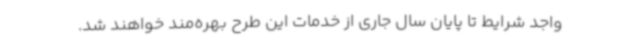
واجد شرایط تا پایان سال جاری از خدمات این طرح بهره‌مند خواهند شد.